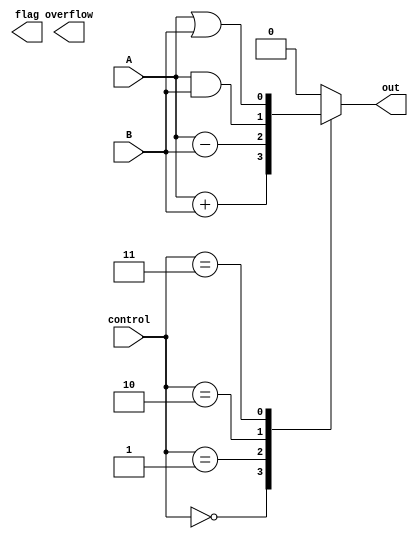
module ALU(
    input [0:0] A,
    input [0:0] B,
    input [2:0] control,
    output reg out,
    output reg overflow,
    output reg flag
);

always @ (A or B or control) begin
    case(control)
        3'b000: out = A + B; // addition
        3'b001: out = A - B; // subtraction
        3'b010: out = A & B; // bitwise AND
        3'b011: out = A | B; // bitwise OR
        // Add more operations as needed
        
        default: out = 1'b0; // invalid operation
    endcase
    
    // Overflow detection
    // Add your overflow detection logic here
    
    // Flag generation logic
    // Add your flag generation logic here
end

endmodule